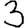
Digit: 3